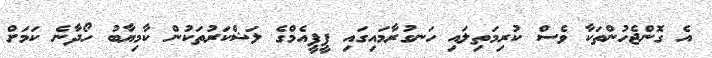
އެ ގޮންޖެހުންތަކާ ވެސް ކުރިމަތިލައި ހަނގުރާމައިގައި ޕީޕީއެމްގެ ލަޝްކަރުތަކުން ކާމިޔާބު ހޯދާނެ ކަމަށް